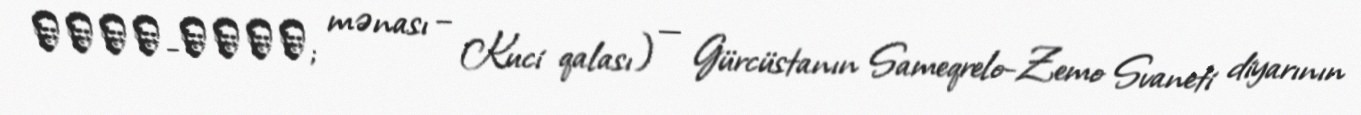
ციხე-გოჯი; mənası – Kuci qalası) — Gürcüstanın Sameqrelo-Zemo Svaneti diyarının